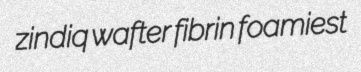
zindiq wafter fibrin foamiest